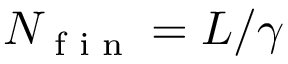
N _ { \textnormal { f i n } } = L / \gamma